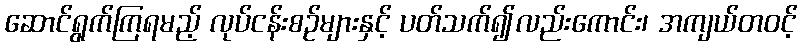
ဆောင်ရွက်ကြရမည့် လုပ်ငန်းစဉ်များနှင့် ပတ်သက်၍လည်းကောင်း၊ အကျယ်တဝင့်